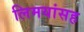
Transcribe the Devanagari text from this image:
लिमयांसह